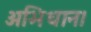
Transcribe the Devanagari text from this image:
अभिधान।